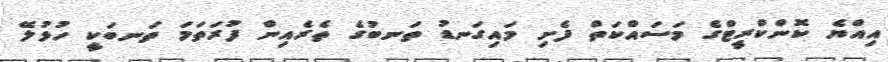
އިއްޔެ ކޮންކްރީޓްގެ މަސައްކަތް ފެށި މައިގަނޑު ތަނބުގެ ތެރެއިން ފުރަތަމަ ތަނބަކީ ހުޅުލޭ